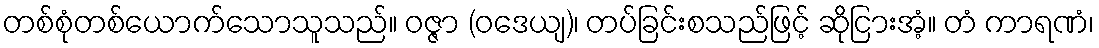
တစ်စုံတစ်ယောက်သောသူသည်။ ဝဇ္ဇာ (ဝဒေယျ)၊ တပ်ခြင်းစသည်ဖြင့် ဆိုငြားအံ့။ တံ ကာရဏံ၊